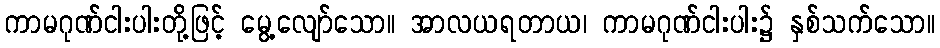
ကာမဂုဏ်ငါးပါးတို့ဖြင့် မွေ့လျော်သော။ အာလယရတာယ၊ ကာမဂုဏ်ငါးပါး၌ နှစ်သက်သော။